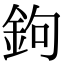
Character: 鉤